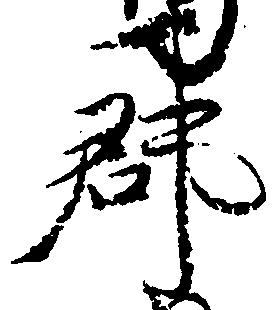
郡